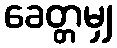
ခေတ္တမျှ